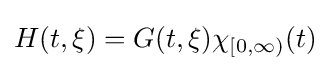
H(t,\xi )=G(t,\xi )\chi _{[0,\infty )}(t)